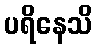
ပရိနေသိ